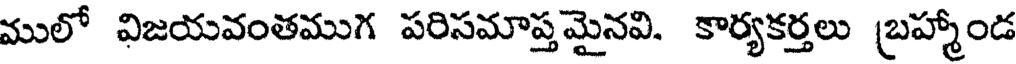
ములో విజయవంతముగ పరిసమాప్తమైనవి. కార్యకర్తలు బ్రహ్మాండ